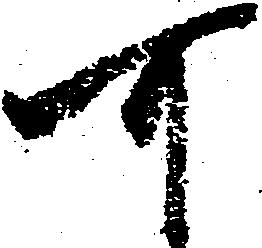
可